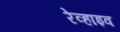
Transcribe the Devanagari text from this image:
रेव्हाइव